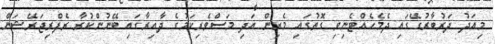
މިއަދު ދަރުބާރުގޭގައި ދެމެހެއްޓެނިވި ގޮތުގައި މެރިން އަދި މަސްވެރިކަމުގެ ދާއިރާގައި ބޭނުންކުރާ ރެފްރިޖަރޭޝަން